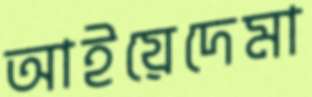
আইয়েদেমা